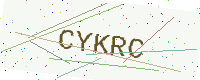
Text: CYKRC